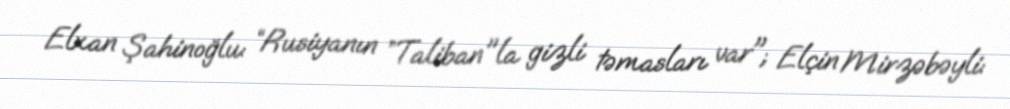
Elxan Şahinoğlu: “Rusiyanın ”Taliban"la gizli təmasları var"; Elçin Mirzəbəyli: